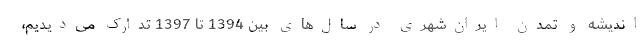
اندیشه و تمدن ایران‌شهری در سال‌های بین 1394 تا 1397 تدارک می‌دیدیم،